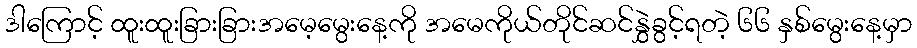
ဒါကြောင့် ထူးထူးခြားခြားအမေ့မွေးနေ့ကို အမေကိုယ်တိုင်ဆင်နွှဲခွင့်ရတဲ့ ၆၆ နှစ်မွေးနေ့မှာ